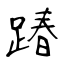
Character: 踳